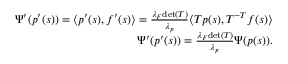
\begin{array} { r } { \Psi ^ { \prime } ( p ^ { \prime } ( s ) ) = \langle p ^ { \prime } ( s ) , f ^ { \prime } ( s ) \rangle = \frac { \lambda _ { F } \mathrm { d e t } ( T ) } { \lambda _ { p } } \langle T p ( s ) , T ^ { - T } f ( s ) \rangle } \\ { \Psi ^ { \prime } ( p ^ { \prime } ( s ) ) = \frac { \lambda _ { F } \mathrm { d e t } ( T ) } { \lambda _ { p } } \Psi ( p ( s ) ) . } \end{array}